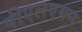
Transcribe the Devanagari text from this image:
पीएलएमन